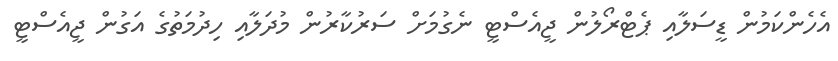
އެހެންކަމުން ޑީސަލާއި ޕެޓްރޯލުން ޖީއެސްޓީ ނެގުމަށް ސަރުކާރުން މުދަލާއި ހިދުމަތުގެ އަގުން ޖީއެސްޓީ